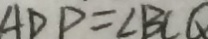
A D P = \angle B C Q